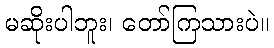
မဆိုးပါဘူး၊ တော်ကြသားပဲ။